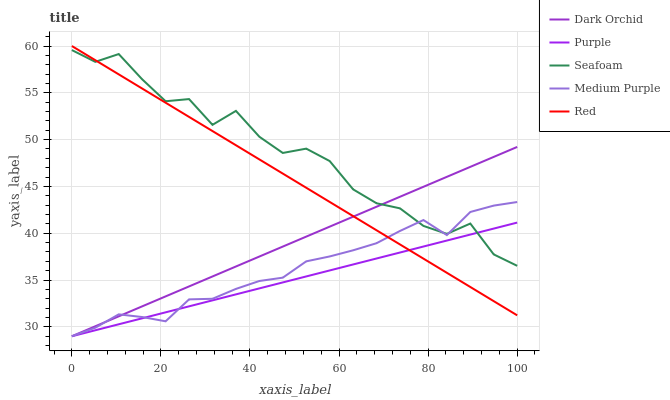
| xaxis_label | Dark Orchid | Purple | Seafoam | Medium Purple | Red |
 | --- | --- | --- | --- | --- | --- |
 | 0 | 29 | 29 | 59.6 | 29 | 60 |
 | 5.26 | 30.1 | 29.6 | 58.3 | 29.9 | 58.5 |
 | 10.5 | 31.1 | 30.3 | 59.1 | 31.3 | 57 |
 | 15.8 | 32.2 | 30.9 | 56.4 | 31.1 | 55.5 |
 | 21.1 | 33.3 | 31.6 | 54.1 | 30.6 | 53.9 |
 | 26.3 | 34.3 | 32.2 | 54.3 | 32.9 | 52.4 |
 | 31.6 | 35.4 | 32.8 | 51.6 | 33 | 50.9 |
 | 36.8 | 36.4 | 33.5 | 53.1 | 34.1 | 49.4 |
 | 42.1 | 37.5 | 34.1 | 50.3 | 34.9 | 47.9 |
 | 47.4 | 38.6 | 34.7 | 48.6 | 35.3 | 46.4 |
 | 52.6 | 39.6 | 35.4 | 49 | 37 | 44.9 |
 | 57.9 | 40.7 | 36 | 47.7 | 37.5 | 43.3 |
 | 63.2 | 41.8 | 36.7 | 44.7 | 38.2 | 41.8 |
 | 68.4 | 42.8 | 37.3 | 43.2 | 38.9 | 40.3 |
 | 73.7 | 43.9 | 37.9 | 42.7 | 40.2 | 38.8 |
 | 78.9 | 45 | 38.6 | 40.8 | 41.4 | 37.3 |
 | 84.2 | 46 | 39.2 | 39.9 | 39.8 | 35.8 |
 | 89.5 | 47.1 | 39.9 | 41 | 42.3 | 34.3 |
 | 94.7 | 48.2 | 40.5 | 37.7 | 43 | 32.7 |
 | 100 | 49.2 | 41.1 | 36.5 | 43.3 | 31.2 |